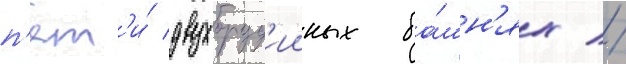
п'ят'и́ двухоруд'ииных ба́шн'ях //